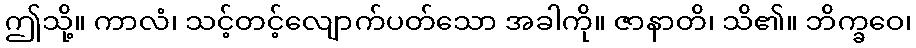
ဤသို့။ ကာလံ၊ သင့်တင့်လျောက်ပတ်သော အခါကို။ ဇာနာတိ၊ သိ၏။ ဘိက္ခဝေ၊